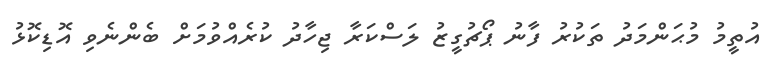
އުތީމު މުޙަންމަދު ތަކުރު ފާނު ޕޯޗުގީޒު ލަސްކަރާ ޖިހާދު ކުރެއްވުމަށް ބެންނެވި އޮޑިކޮޅު